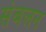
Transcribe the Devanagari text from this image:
संबलन